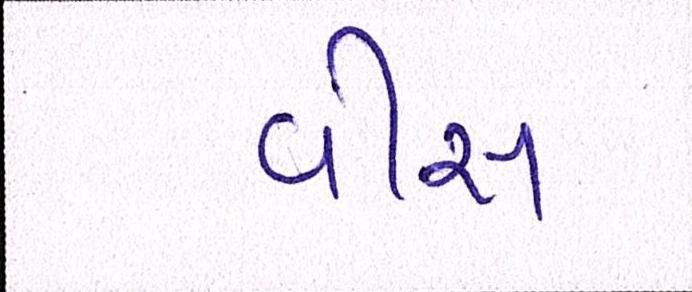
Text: વીસ